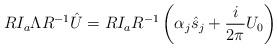
LaTeX: \begin{align*}R I_a\Lambda R^{-1} \hat{U}= R I_a R^{-1}\left( \alpha_j \hat{s}_j+\frac{i}{2 \pi} U_0 \right)\end{align*}